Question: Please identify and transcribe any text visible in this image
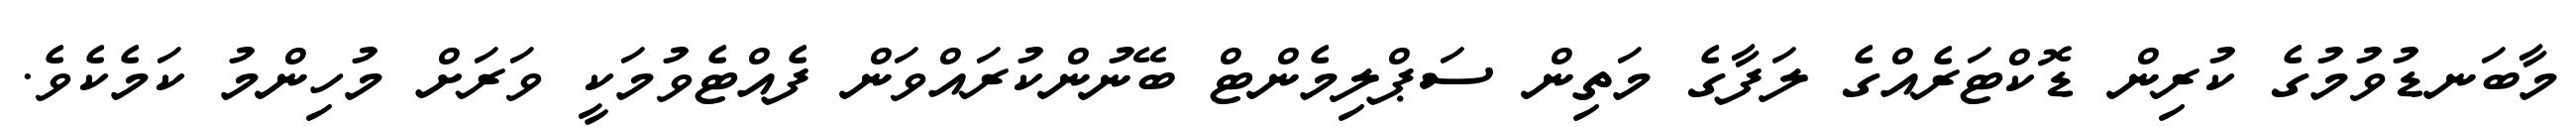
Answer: މާބަނޑުވުމުގެ ކުރިން ޑޮކްޓަރެއްގެ ލަފާގެ މަތިން ސަޕްލިމެންޓް ބޭނުންކުރައްވަން ފެއްޓެވުމަކީ ވަރަށް މުހިންމު ކަމެކެވެ.